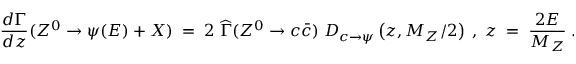
{ { \frac { d \Gamma } { d z } } ( Z ^ { 0 } \rightarrow \psi ( E ) + X ) \; = \; 2 \; { \widehat \Gamma } ( Z ^ { 0 } \rightarrow c { \bar { c } } ) \; D _ { c \rightarrow \psi } \left( z , M _ { Z } / 2 \right) \; , \; z \; = \; { \frac { 2 E } { M _ { Z } } } \; . }